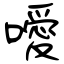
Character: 噯